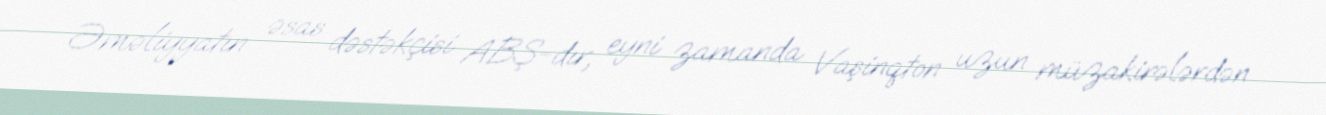
Əməliyyatın əsas dəstəkçisi ABŞ-dır, eyni zamanda Vaşinqton uzun müzakirələrdən